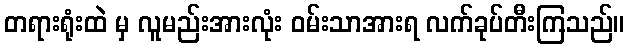
တရားရုံးထဲ မှ လူမည်းအားလုံး ဝမ်းသာအားရ လက်ခုပ်တီးကြသည်။